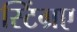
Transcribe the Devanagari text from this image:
स्टिंग्रए